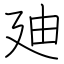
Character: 廸